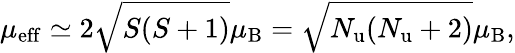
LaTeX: \mu_{\mathrm{eff}}\simeq 2{\sqrt{S(S+1)}}\mu_{\mathrm{B}}={\sqrt{N_{\mathrm{{u}}}(N_{\mathrm{{u}}}+2)}}\mu_{\mathrm{B}},